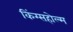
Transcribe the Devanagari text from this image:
किंग्सहोल्म